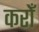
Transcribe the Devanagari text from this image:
करोँ